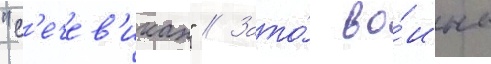
"с'ечев'иках" // Зато́ во́ины